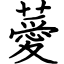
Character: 薆